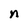
Character: n